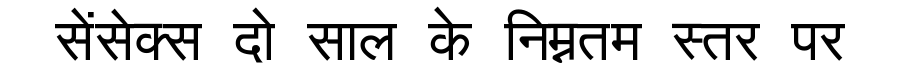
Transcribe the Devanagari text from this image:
सेंसेक्स दो साल के निम्नतम स्तर पर